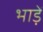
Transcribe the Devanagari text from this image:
भाड़ें